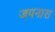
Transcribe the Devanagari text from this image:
जपनारा